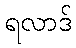
ရလာဒ်